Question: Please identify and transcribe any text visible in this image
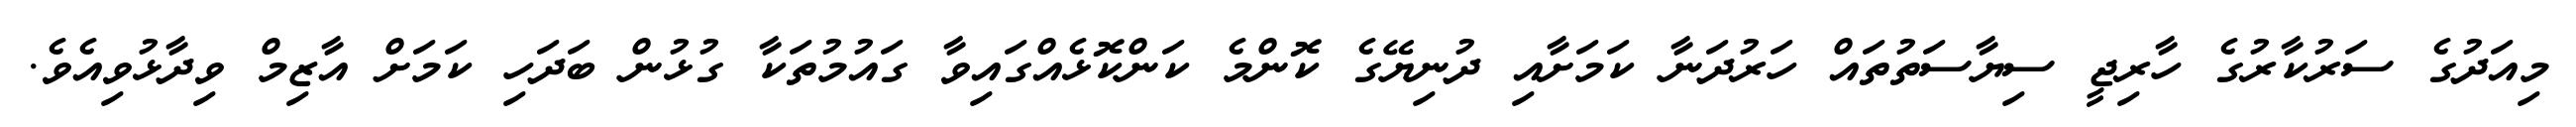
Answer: މިއަދުގެ ސަރުކާރުގެ ހާރިޖީ ސިޔާސަތުތައް ހަރުދަނާ ކަމަށާއި ދުނިޔޭގެ ކޮންމެ ކަންކޮޅެއްގައިވާ ގައުމުތަކާ ގުޅުން ބަދަހި ކަމަށް އާޒިމް ވިދާޅުވިއެވެ.